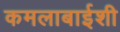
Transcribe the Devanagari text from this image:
कमलाबाईशी